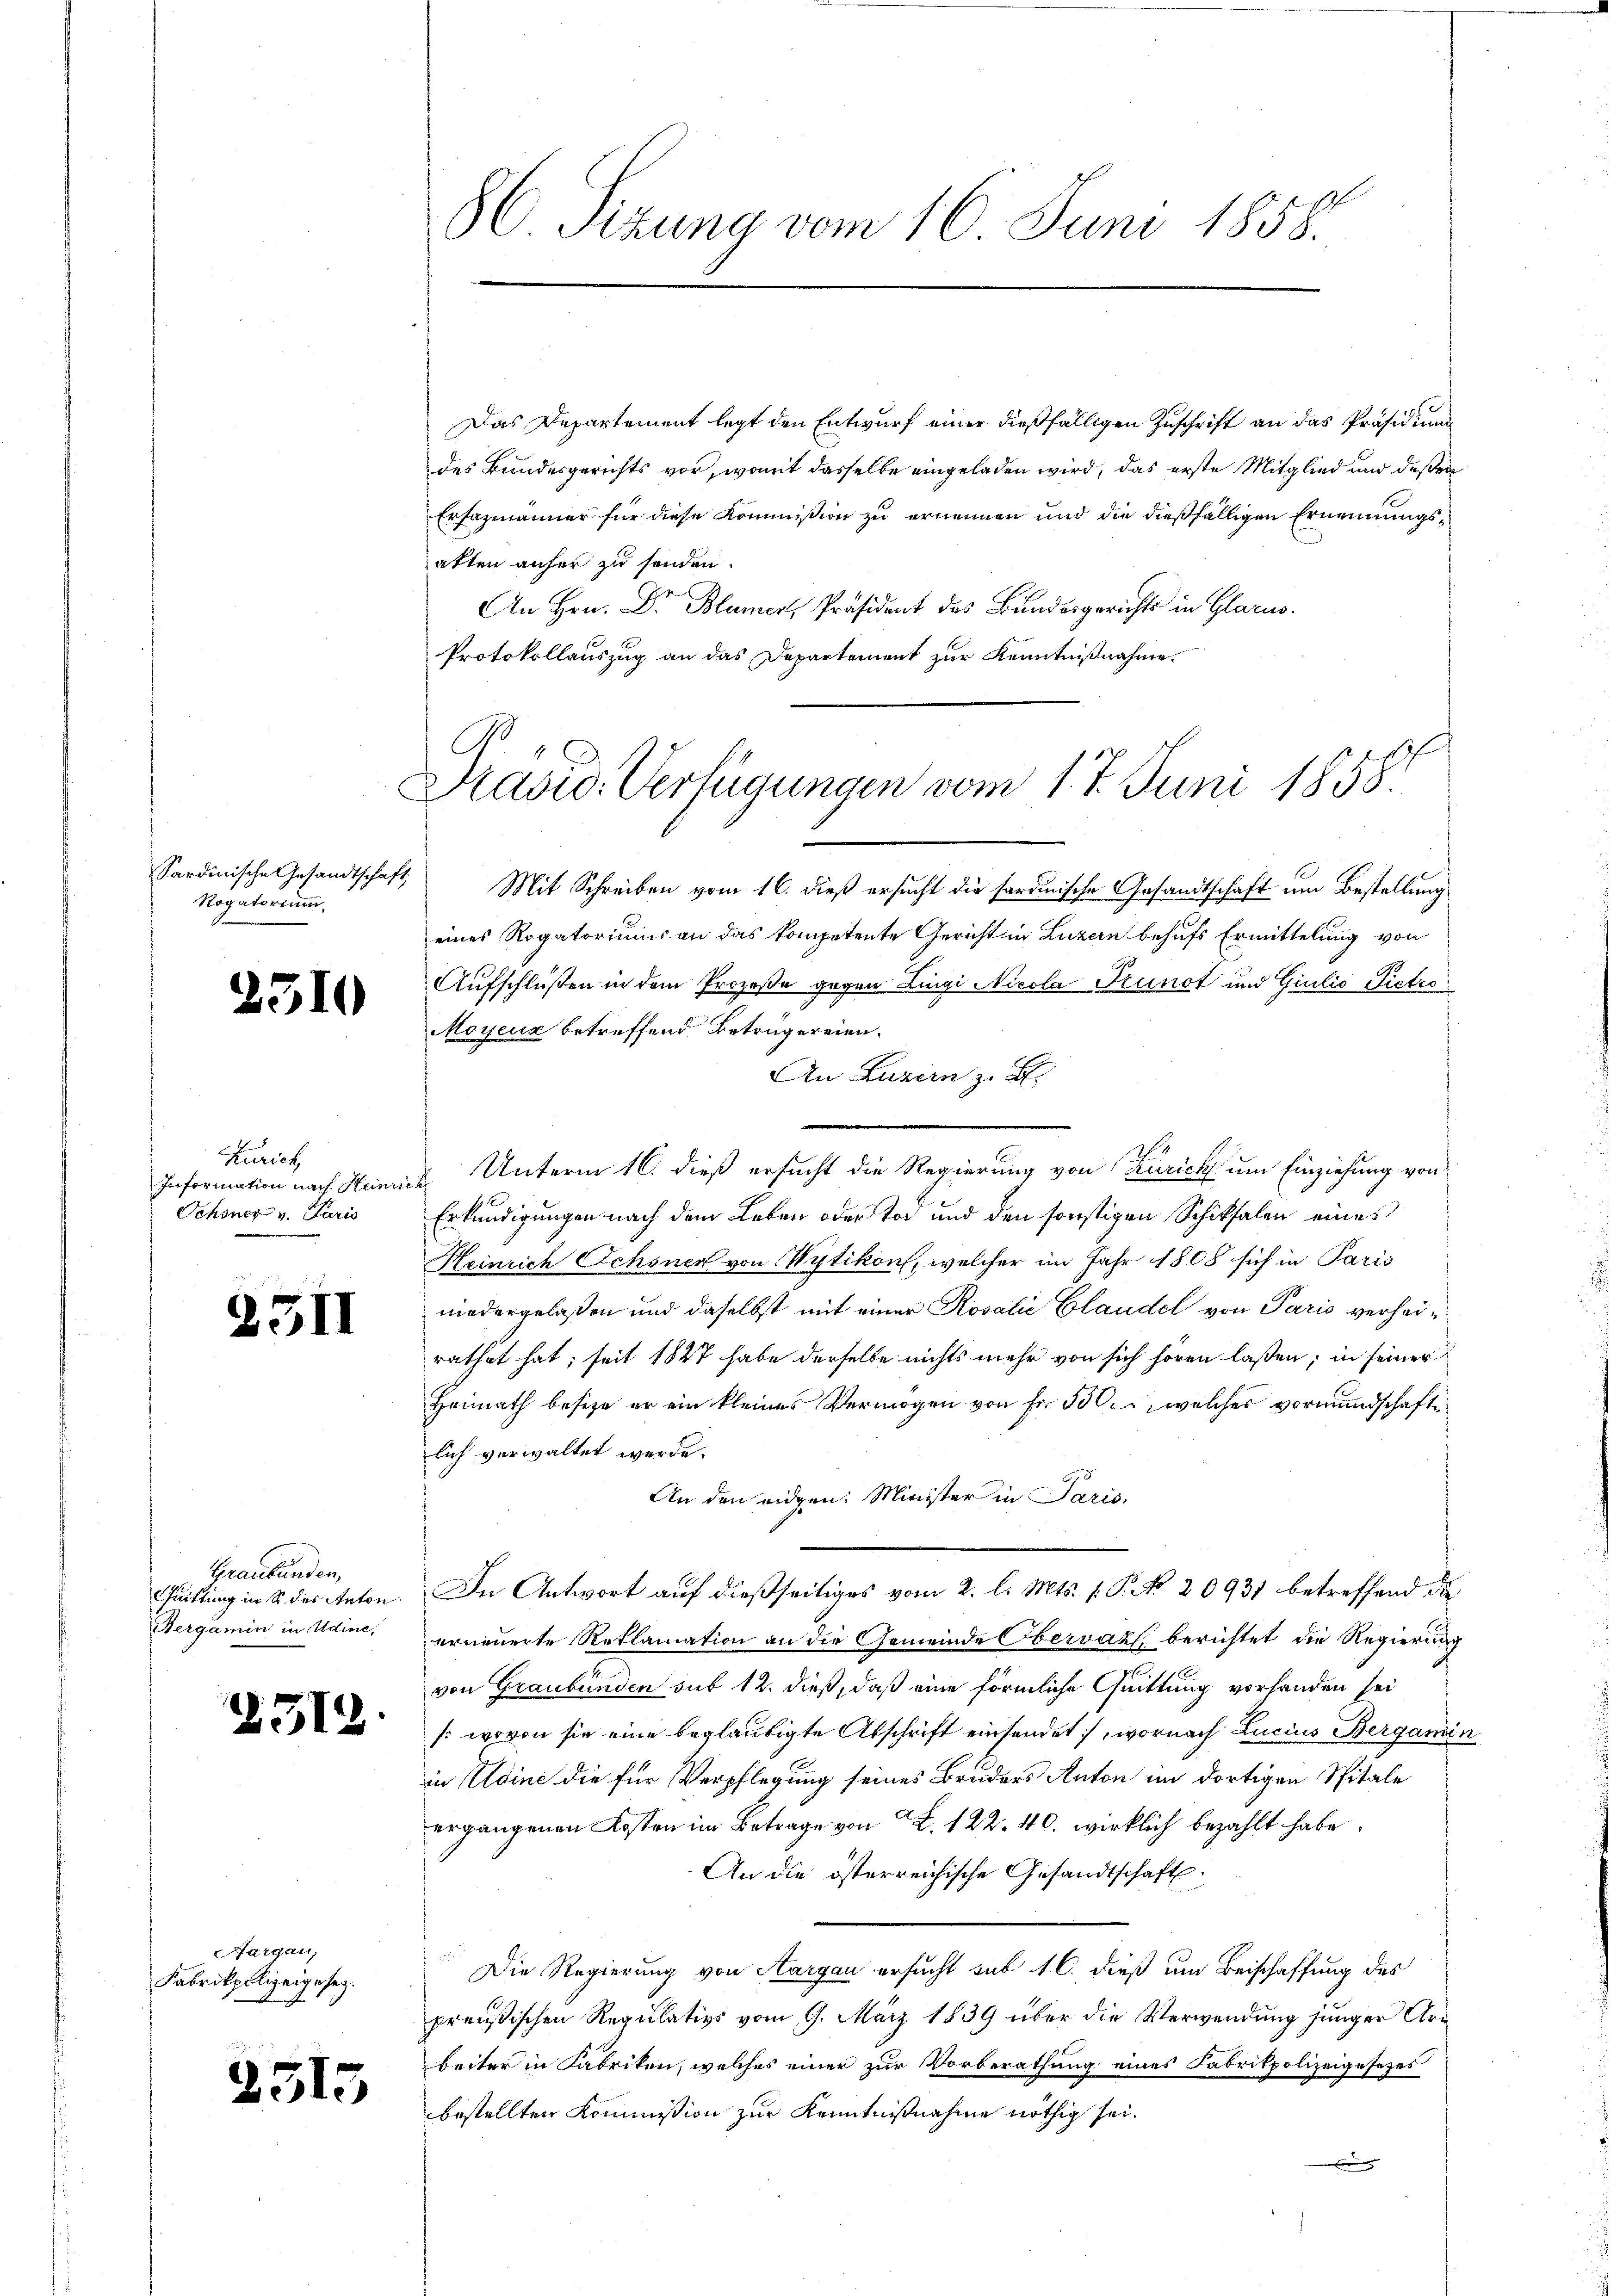
Sardinische Gesandtschaft
Rogatorium,

d

Kurich
Information nach Heinri
Ochsner v. Paris

2311

Graubünden,
Cuittung in S. des Anton.
Bergamin in Udine,

2512.

2

510

argau,
Fabrikpolizeigesez.

515

Das Departement legt den Entwurf einer dießfälligen Zuschrift an das Präsidium
des Bundesgerichts vor, womit dasselbe eingeladen wird, das erste Mitglied und deßen
Ersazmänner für diese Kommission zu ernennen und die dießfälligen Ernennungsakten anfer zu senden.
An Hrn. Dr Blumer, Präsident des Bundesgerichts in Glarus.
Protokollauszug an das Departement zur Kenntnißnahme.

86. Sizung vom 16. Juni 1858.

Präsid. Verfügungen vom 1. J. Juni 1858.

Mit Schreiben vom 16. dieß ersucht die sardinische Gesandtschaft um Bestellung,
eines Rogatoriums an das kompetente Gericht in Luzern behufs Ermittelung von
Aufschlüßen in dem Prozeße gegen Lingi Nicola Prunot und Giulio Pietro
e
Moyeuz betreffend Betrugereien.
An Luzern z. B.
Unterm 16. dieß ersucht die Regierung von Zürich um Einziehung von
.
Erkundigungen nach dem Leben oder Tag und den sonstigen Schiksalen eines
Heinrich Schönen von Wytikon, welcher im Jahr 1808 sich in Paris
niedergelassen und daselbst mit einer Rosalić Claudel von Paris verhörrathet hat; seit 1827 habe derselbe nichts mehr von sich hören lassen; in seiner
Heimath besize er ein kleines Vermögen von Fr. 500, welches vormundschafte
lich verwaltet werde.
An den eidgen: Minister in Paris,
In Antwort auf dießseitiges vom 2. l. Mts. 1. P. No. 20931 betreffend die
erneuerte Reklamation an die Gemeinde Obervaz, berichtet die Regierung
von Graubünden sub 12. dieß, daß eine förmliche Quittung vorhanden sei
(:wovon sie eine beglaubigte Abschrift einsendet, wornach Lucius Bergamin
in Kleine die für Verpflegung seines Bruders Anton im dortigen Spitale
ergangenen Kosten im Betrage von 22. 122. 40. wirklich bezahlt habe.
An die österreichische Gesandtschaft
Die Regierung von Aargau ersucht sub 16. dieß um Beischaffung des
preußischen Regulativs vom 9. März 1839 über die Verwendung junger Uribeiter in Fabriken, welches einer zur Vorberathung eines Fabrikpolizeigesezes
bestellten Kommission zur Kenntnißnahme nöthig sei.
.